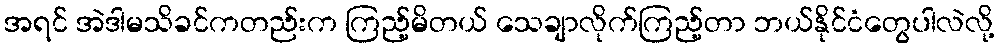
အရင် အဲဒါမသိခင်ကတည်းက ကြည့်မိတယ် သေချာလိုက်ကြည့်တာ ဘယ်နိုင်ငံတွေပါလဲလို့